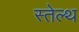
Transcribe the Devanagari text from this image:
स्तेल्थ